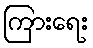
ကြားရေး